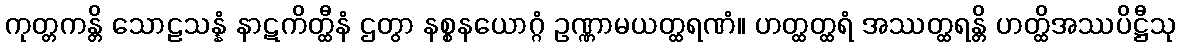
ကုတ္တကန္တိ သောဠသန္နံ နာဋကိတ္ထီနံ ဌတွာ နစ္စနယောဂ္ဂံ ဥဏ္ဏာမယတ္ထရဏံ။ ဟတ္ထတ္ထရံ အဿတ္ထရန္တိ ဟတ္ထိအဿပိဋ္ဌီသု